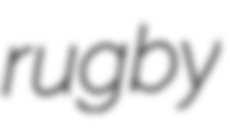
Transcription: rugby